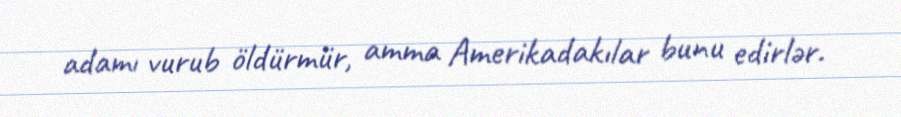
adamı vurub öldürmür, amma Amerikadakılar bunu edirlər.